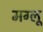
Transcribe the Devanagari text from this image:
मग्लू